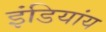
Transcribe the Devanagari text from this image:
इंडियांय